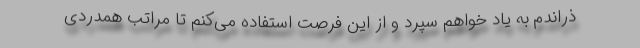
ذراندم به یاد خواهم سپرد و از این فرصت استفاده می‌کنم تا مراتب همدردی